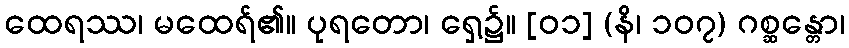
ထေရဿ၊ မထေရ်၏။ ပုရတော၊ ရှေ့၌။ [၀၁] (နိ၊ ၁၀၇) ဂစ္ဆန္တော၊